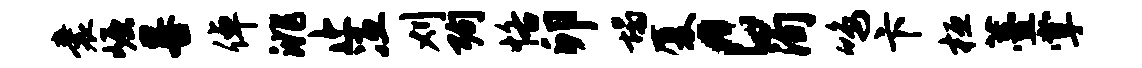
囊崛晷倬洮止冱刈殉恪卯塌厦c洵鸣卞桓薹掌